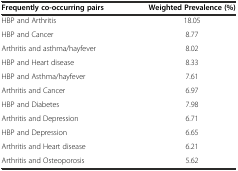
| Frequently co-occurring pairs | Weighted Prevalence (%) |
 | --- | --- |
 | HBP and Arthritis | 18.05 |
 | HBP and Cancer | 8.77 |
 | Arthritis and asthma/hayfever | 8.02 |
 | HBP and Heart disease | 8.33 |
 | HBP and Asthma/hayfever | 7.61 |
 | Arthritis and Cancer | 6.97 |
 | HBP and Diabetes | 7.98 |
 | Arthritis and Depression | 6.71 |
 | HBP and Depression | 6.65 |
 | Arthritis and Heart disease | 6.21 |
 | Arthritis and Osteoporosis | 5.62 |